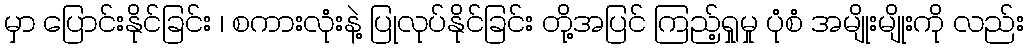
မှာ ပြောင်းနိုင်ခြင်း ၊ စကားလုံးနဲ့ ပြုလုပ်နိုင်ခြင်း တို့အပြင် ကြည့်ရှုမှု ပုံစံ အမျိုးမျိုးကို လည်း